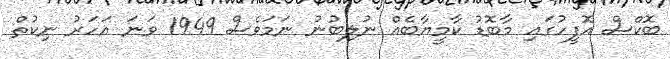
ބޮކްސް އޮފީހުގައި މާބޮޑު ކާމީޔާބެއް ނުލިބުނު ނަމަވެސް 1949 ވަނަ އަހަރު ނިކުތް